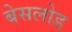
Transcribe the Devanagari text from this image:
बेसलोड